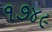
૧૭૪૯